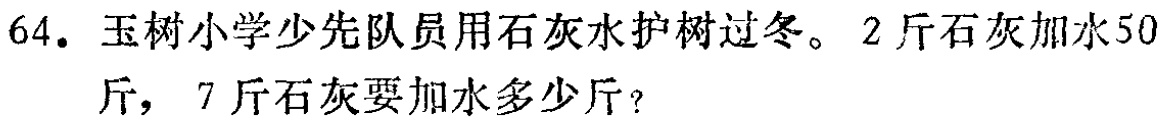
64. 玉树小学少先队员用石灰水护树过冬。2斤石灰加水50斤，7斤石灰要加水多少斤？